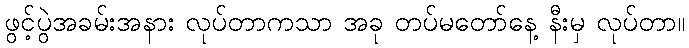
ဖွင့်ပွဲအခမ်းအနား လုပ်တာကသာ အခု တပ်မတော်နေ့ နီးမှ လုပ်တာ။